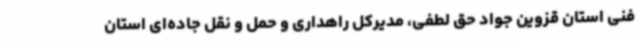
فنی استان قزوین جواد حق لطفی، مدیرکل راهداری و حمل و نقل جاده‌ای استان